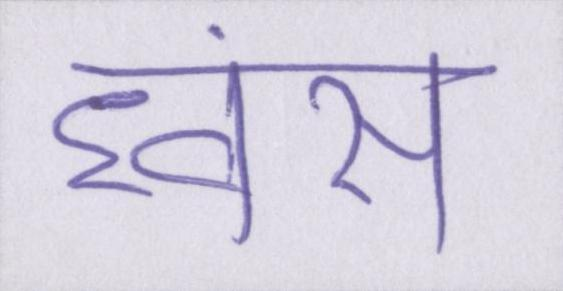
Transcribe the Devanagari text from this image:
ध्वंस